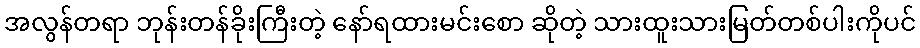
အလွန်တရာ ဘုန်းတန်ခိုးကြီးတဲ့ နော်ရထားမင်းစော ဆိုတဲ့ သားထူးသားမြတ်တစ်ပါးကိုပင်